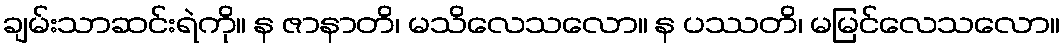
ချမ်းသာဆင်းရဲကို။ န ဇာနာတိ၊ မသိလေသလော။ န ပဿတိ၊ မမြင်လေသလော။